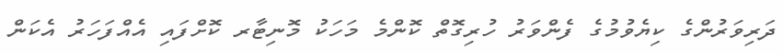
ދަރިވަރުންގެ ކިޔެވުމުގެ ފެންވަރު ހުރިގޮތް ކޮންމެ މަހަކު މޮނިޓާރ ކޮށްފައި އެއްފަހަރު އެކަން